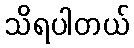
သိရပါတယ်